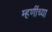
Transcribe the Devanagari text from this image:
म्हणींच्या